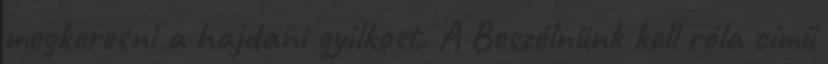
megkeresni a hajdani gyilkost. A Beszélnünk kell róla című